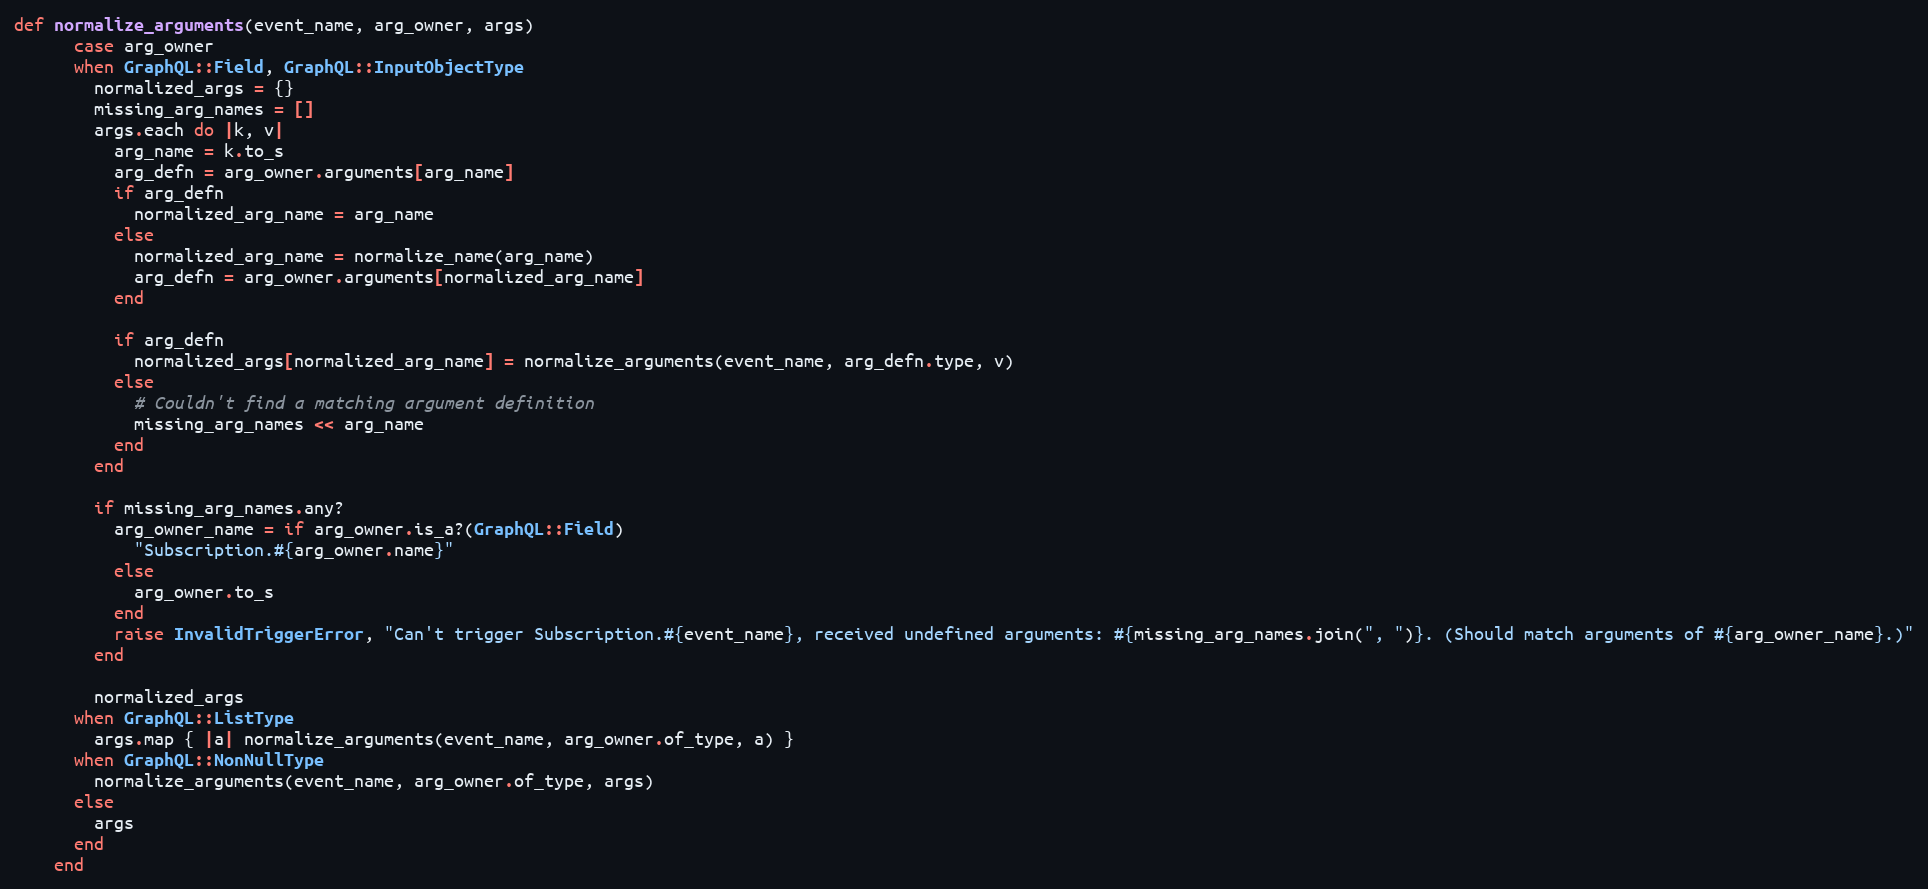
Language: Ruby
def normalize_arguments(event_name, arg_owner, args)
      case arg_owner
      when GraphQL::Field, GraphQL::InputObjectType
        normalized_args = {}
        missing_arg_names = []
        args.each do |k, v|
          arg_name = k.to_s
          arg_defn = arg_owner.arguments[arg_name]
          if arg_defn
            normalized_arg_name = arg_name
          else
            normalized_arg_name = normalize_name(arg_name)
            arg_defn = arg_owner.arguments[normalized_arg_name]
          end

          if arg_defn
            normalized_args[normalized_arg_name] = normalize_arguments(event_name, arg_defn.type, v)
          else
            # Couldn't find a matching argument definition
            missing_arg_names << arg_name
          end
        end

        if missing_arg_names.any?
          arg_owner_name = if arg_owner.is_a?(GraphQL::Field)
            "Subscription.#{arg_owner.name}"
          else
            arg_owner.to_s
          end
          raise InvalidTriggerError, "Can't trigger Subscription.#{event_name}, received undefined arguments: #{missing_arg_names.join(", ")}. (Should match arguments of #{arg_owner_name}.)"
        end

        normalized_args
      when GraphQL::ListType
        args.map { |a| normalize_arguments(event_name, arg_owner.of_type, a) }
      when GraphQL::NonNullType
        normalize_arguments(event_name, arg_owner.of_type, args)
      else
        args
      end
    end